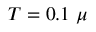
T = 0 . 1 \ \mu